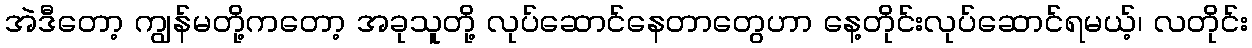
အဲဒီတော့ ကျွန်မတို့ကတော့ အခုသူတို့ လုပ်ဆောင်နေတာတွေဟာ နေ့တိုင်းလုပ်ဆောင်ရမယ့်၊ လတိုင်း